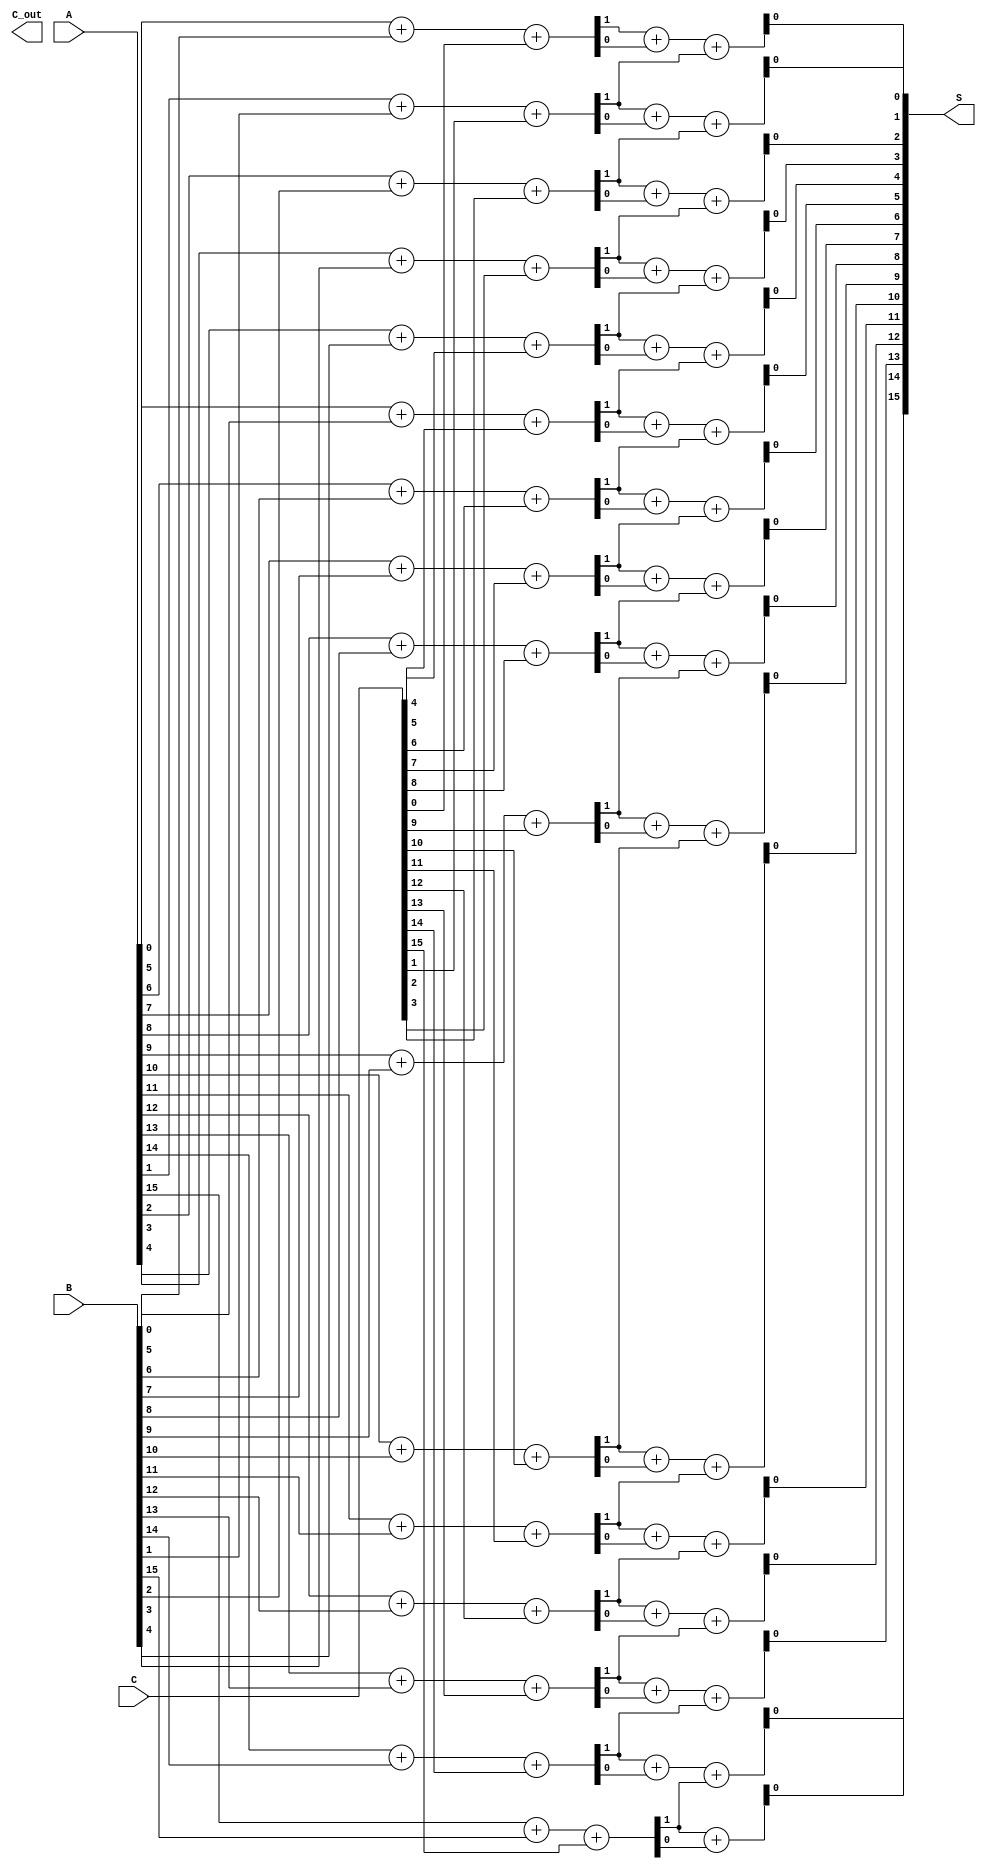
module CarrySaveAdder #(parameter N = 16, parameter NUM_OPS = 3)(
    input  [N-1:0] A,  // First operand
    input  [N-1:0] B,  // Second operand
    input  [N-1:0] C,  // Third operand
    output [N-1:0] S,  // Final sum output
    output [N-1:0] C_out // Final carry output
);
    
    wire [N-1:0] sum1; // First stage sum
    wire [N-1:0] carry1; // First stage carry
    wire [N-1:0] sum2; // Second stage sum
    wire [N-1:0] carry2; // Second stage carry

    // Stage 1: Compute sum and carry for A, B, and C
    generate
        genvar i;
        for (i = 0; i < N; i = i + 1) begin: full_adder_stage1
            // Generate the sum and carry for the first stage
            wire c1, c2, s1, s2;
            // Each bit addition will use a full adder
            assign {c1, s1} = A[i] + B[i] + C[i]; // A, B, C are added
            assign sum1[i] = s1; // Partial sum for stage 1
            assign carry1[i] = c1; // Partial carry for stage 1
        end
    endgenerate

    // Stage 2: Reduction tree combining the partial sums and carries
    generate
        for (i = 0; i < N; i = i + 1) begin: reduce_stage
            // Combine the previous carry and sum
            if (i < N-1) begin
                // Using a 2-input reduction for simplicity
                assign {carry2[i+1], sum2[i]} = carry1[i] + sum1[i] + carry1[i+1]; // Accumulate sums and carries
            end else begin
                assign {carry2[i], sum2[i]} = carry1[i] + sum1[i]; // Last bit
            end
        end
    endgenerate

    // Final output assignments
    assign S = sum2; // Final sum
    assign C_out = carry2; // Final carry output

endmodule